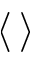
\langle \, \rangle